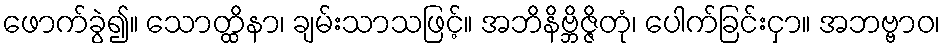
ဖောက်ခွဲ၍။ သောတ္ထိနာ၊ ချမ်းသာသဖြင့်။ အဘိနိဗ္ဘိဇ္ဇိတုံ၊ ပေါက်ခြင်းငှာ။ အဘဗ္ဗာဝ၊